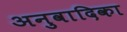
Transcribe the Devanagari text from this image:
अनुवादिका